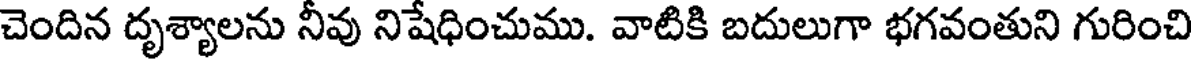
చెందిన దృశ్యాలను నీవు నిషేధించుము. వాటికి బదులుగా భగవంతుని గురించి